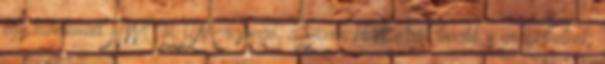
egy elvetemült NWOBHM-rajongó, a Saxon-hívek akár tovább is görgethetnek.